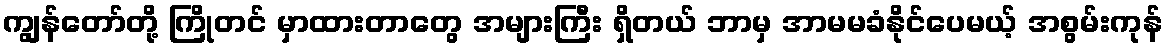
ကျွန်တော်တို့ ကြိုတင် မှာထားတာတွေ အများကြီး ရှိတယ် ဘာမှ အာမမခံနိုင်ပေမယ့် အစွမ်းကုန်